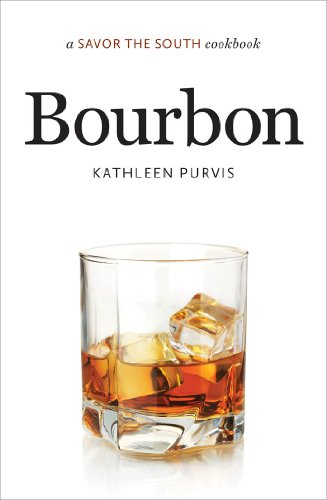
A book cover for Bourbon: a Savor the SouthÂ® cookbook (Savor the South Cookbooks); Kathleen Purvis; Cookbooks, Food & Wine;